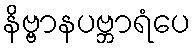
နိဗ္ဗာနပဗ္ဘာရံပေ